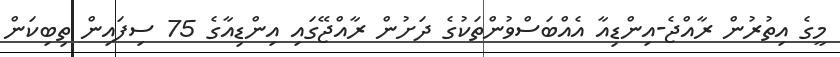
މީގެ އިތުރުން ރާއްޖެ-އިންޑިއާ އެއްބަސްވުންތަކުގެ ދަށުން ރާއްޖޭގައި އިންޑިއާގެ 75 ސިފައިން ތިބިކަން